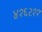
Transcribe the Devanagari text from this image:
४१६२११